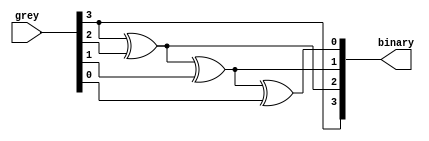
module greytobin (
    input [3:0] grey,
    output reg [3:0] binary
);

always @(*) begin
    binary[3] = grey[3];
    binary[2] = grey[3] ^ grey[2];
    binary[1] = grey[3] ^ grey[2] ^ grey[1];
    binary[0] = grey[3] ^ grey[2] ^ grey[1] ^ grey[0];
end

endmodule